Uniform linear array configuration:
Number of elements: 16
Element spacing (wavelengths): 0.25
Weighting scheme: hann
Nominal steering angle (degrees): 0
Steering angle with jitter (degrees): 1.042
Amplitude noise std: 0.05
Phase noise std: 0.05

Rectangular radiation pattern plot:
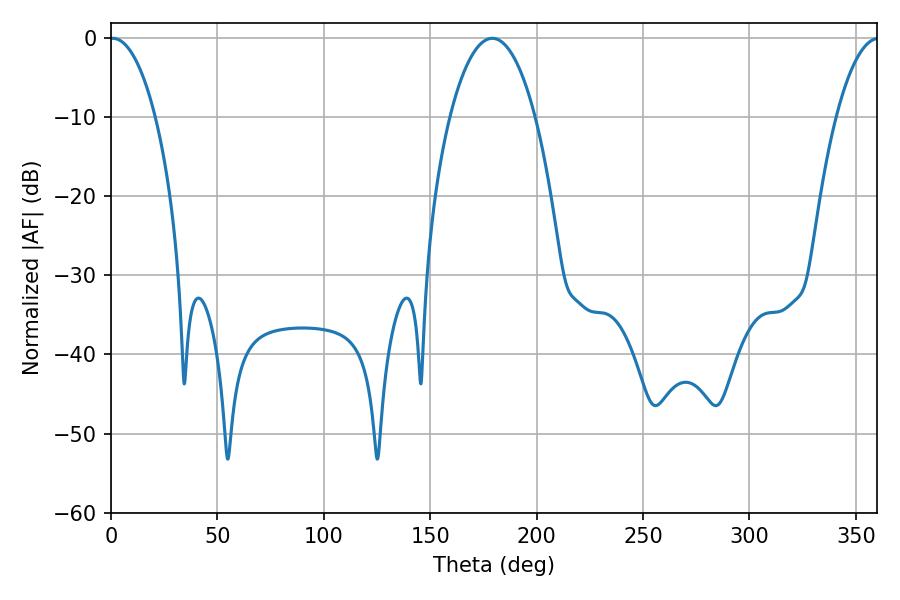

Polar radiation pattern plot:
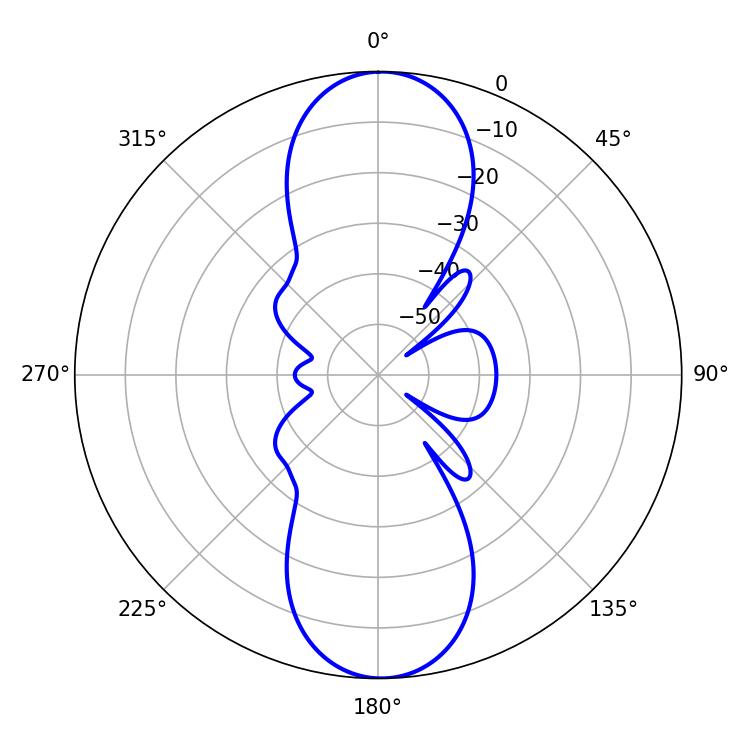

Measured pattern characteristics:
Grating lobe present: FALSE
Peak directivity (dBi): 22.615
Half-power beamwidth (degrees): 12.06
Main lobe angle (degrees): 0.9